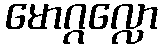
မောဂ္ဂလ္လော